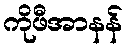
ကိုဖီအာနန်